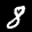
Label: 8